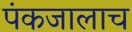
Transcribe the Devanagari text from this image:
पंकजालाच